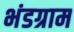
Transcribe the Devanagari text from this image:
भंडग्राम